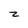
Character: z